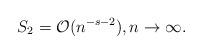
LaTeX: \begin{align*}S_2 & = \mathcal{O}(n^{-s-2}), n \rightarrow\infty.\end{align*}